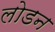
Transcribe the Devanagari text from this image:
लोडन